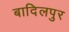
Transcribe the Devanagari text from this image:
बादिलपुर